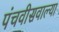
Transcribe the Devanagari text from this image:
पंचवीसवाल्या